Annual administration and progress report of the Indian Medical Department, Bombay
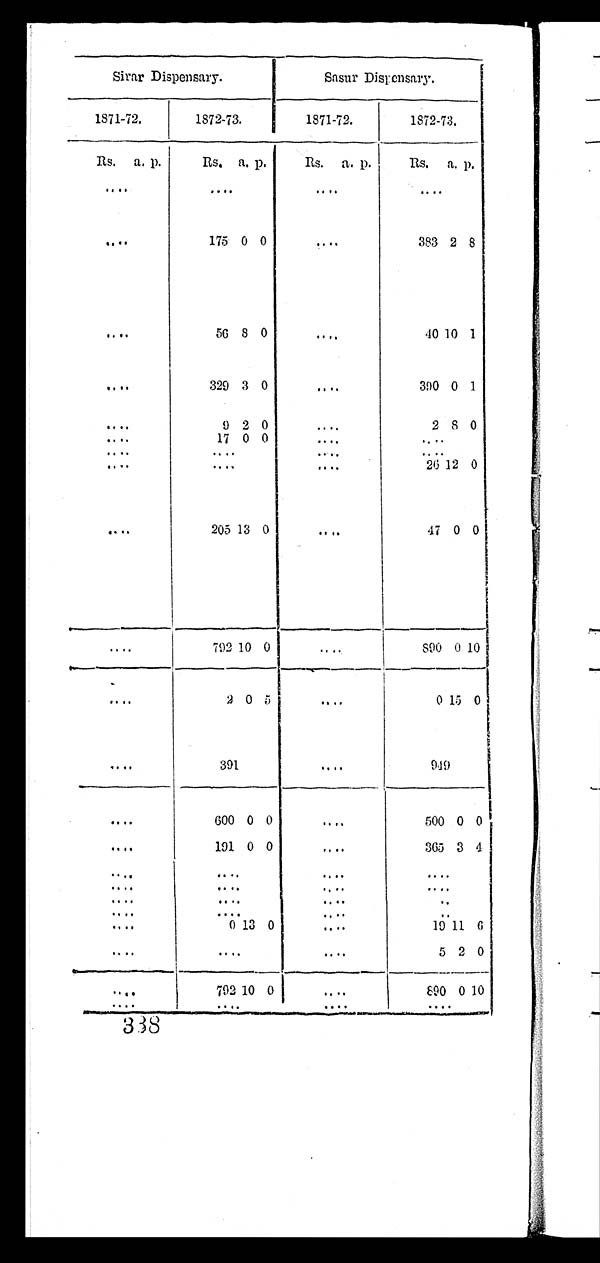
Sirar Dispensary.
Sasur Dispensary.
1871-72.
1872-73.
1871-72.
1872-73.
Rs. a. p.
Rs.
a . p.
R s . a. p.
R s .
a. p.
. . .
. . .
. . .
. . .
. . .
175
0 0
. . .
383 2 8
. . .
56 8 0
. . .
4 0
1 0
1
. . .
329 3 0
. . .
390 0
1
. . .
9 2 0
. . .
2 8 0
. . .
17 0 0
. . .
. . .
. . .
. . .
. . .
. . .
. . .
. . .
. . .
26 12 0
. . .
205 13
0
. . .
47
0 0
. . .
792 10
0
. . .
8 9 0 0 10
. . .
2
0
5
. . .
0 1 5 0
. . .
391
. . .
9 4 9
. . .
600 0 0
. . .
500 0 0
. . .
191 0 0
. . .
365 3 4
. . .
. . .
. . .
. . .
. . .
. . .
. . .
. . .
. . .
. . .
. . .
. . .
. . .
. . .
. . .
. . .
. . .
0 13 0
. . .
1 9
1 1 6
. . .
. . .
. . .
5 2 0
. . .
792 10 0
. . . . . .
890 0 10
. . .
. . .
. . .
. . .
338